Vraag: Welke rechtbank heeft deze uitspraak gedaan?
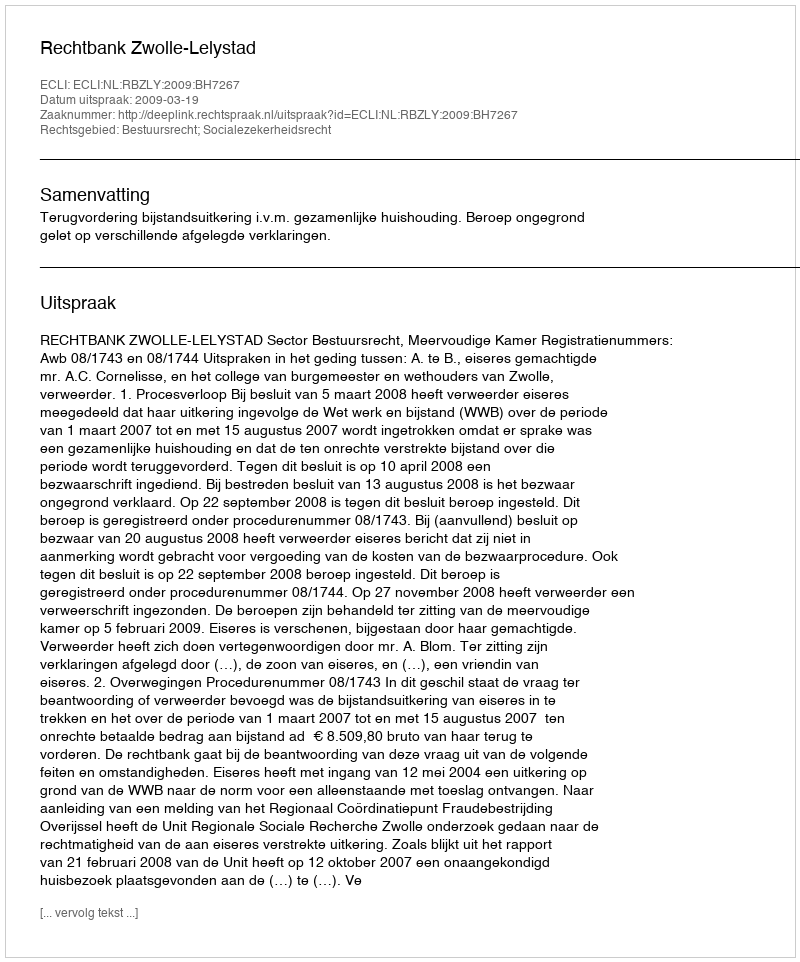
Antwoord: Rechtbank Zwolle-Lelystad